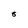
Character: 8